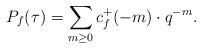
LaTeX: \begin{align*}P_f(\tau) = \sum_{ m \ge 0} c_f^+(-m) \cdot q^{-m}.\end{align*}